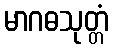
မာဂဓသုတ္တံ